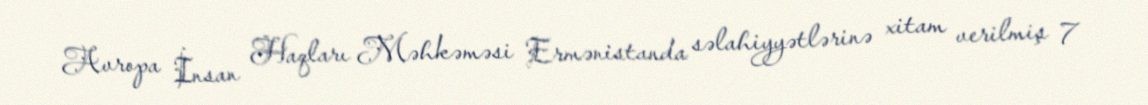
Avropa İnsan Haqları Məhkəməsi Ermənistanda səlahiyyətlərinə xitam verilmiş 7